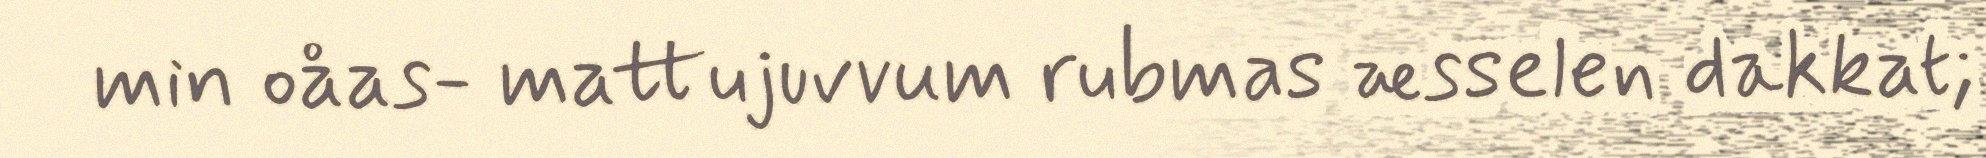
min oåas- mattujuvvum rubmas æsselen dakkat;